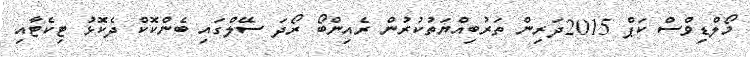
މޯލްޑިވްސް ކަޕް 2015ދަރިން ތަރުބިއްޔަތުކުރުން ރެއިންބޯ ރޯދަ ސޭލްގައި ބެންކޮކް ދެކޮޅު ޓިކެޓާއި